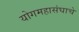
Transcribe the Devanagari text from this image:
योगमहासंघाचे